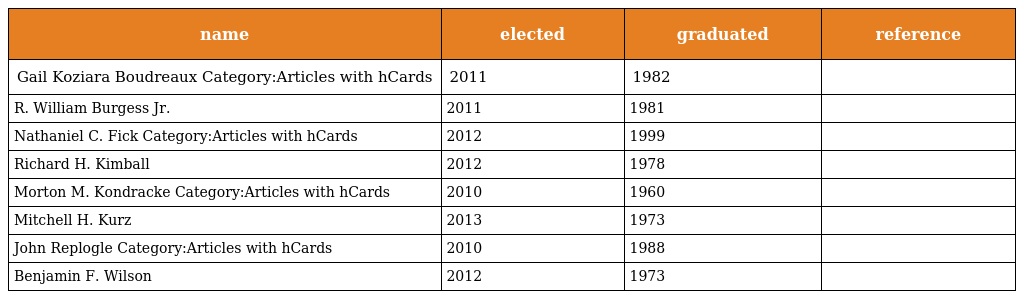
| name | elected | graduated | reference |
 | --- | --- | --- | --- |
 | Gail Koziara Boudreaux Category:Articles with hCards | 2011 | 1982 |  |
 | R. William Burgess Jr. | 2011 | 1981 |  |
 | Nathaniel C. Fick Category:Articles with hCards | 2012 | 1999 |  |
 | Richard H. Kimball | 2012 | 1978 |  |
 | Morton M. Kondracke Category:Articles with hCards | 2010 | 1960 |  |
 | Mitchell H. Kurz | 2013 | 1973 |  |
 | John Replogle Category:Articles with hCards | 2010 | 1988 |  |
 | Benjamin F. Wilson | 2012 | 1973 |  |